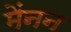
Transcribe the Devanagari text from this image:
मेंनन